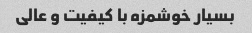
بسیار خوشمزه با کیفیت و عالی